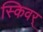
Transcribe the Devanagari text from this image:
स्किवर्